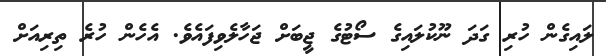
ލައިގެން ހުރި ގަދަ ނޫކުލައިގެ ސޯޓުގެ ޖީބަށް ޖަހާލެވިފައެވެ. އެހެން ހުރެ ތިރިއަށް